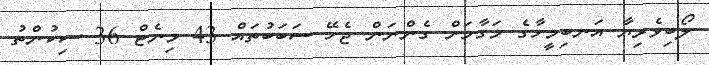
ލޯބިވެރިޔާ އަނބިމީހާގެ މަގާމަށް ގެންނަން ޖެހޭ ސަބަބުތައް 43 މިނެޓް 36 ސިކުންތު